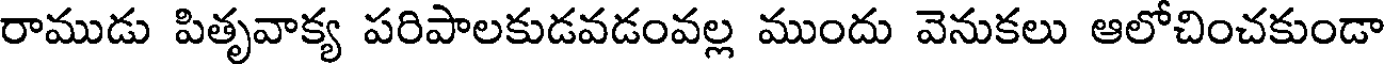
రాముడు పితృవాక్య పరిపాలకుడవడంవల్ల ముందు వెనుకలు ఆలోచించకుండా